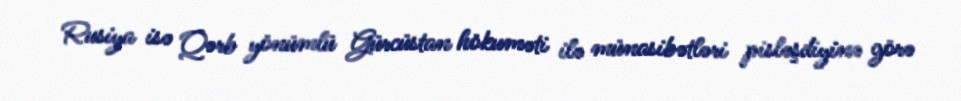
Rusiya isə Qərb yönümlü Gürcüstan hökuməti ilə münasibətləri pisləşdiyinə görə